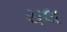
ચલ